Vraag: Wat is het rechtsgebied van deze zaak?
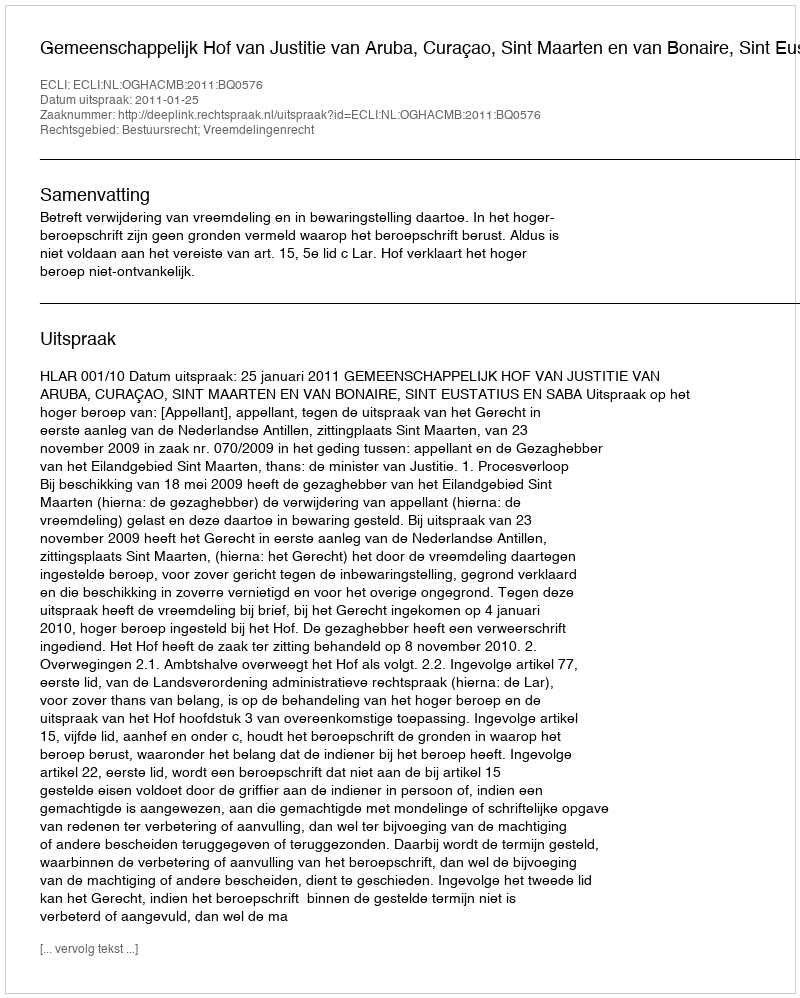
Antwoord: Bestuursrecht; Vreemdelingenrecht